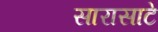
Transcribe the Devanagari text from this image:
सारासाटे